Document type: Dowry acquittance
Year: 1427
Scribe: Pere Tarafa
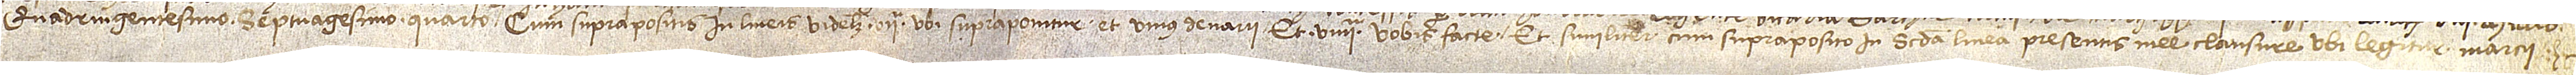
quadringentesimo septuagesimo quarto, cum suprapositis in lineis videlicet VIIª, ubi supraponitur “et unius denarii”, et VIIIIª, “vobis facte”, et similiter cum supraposito in secunda linea presentis mee clausure, ubi legitur “marcii”.